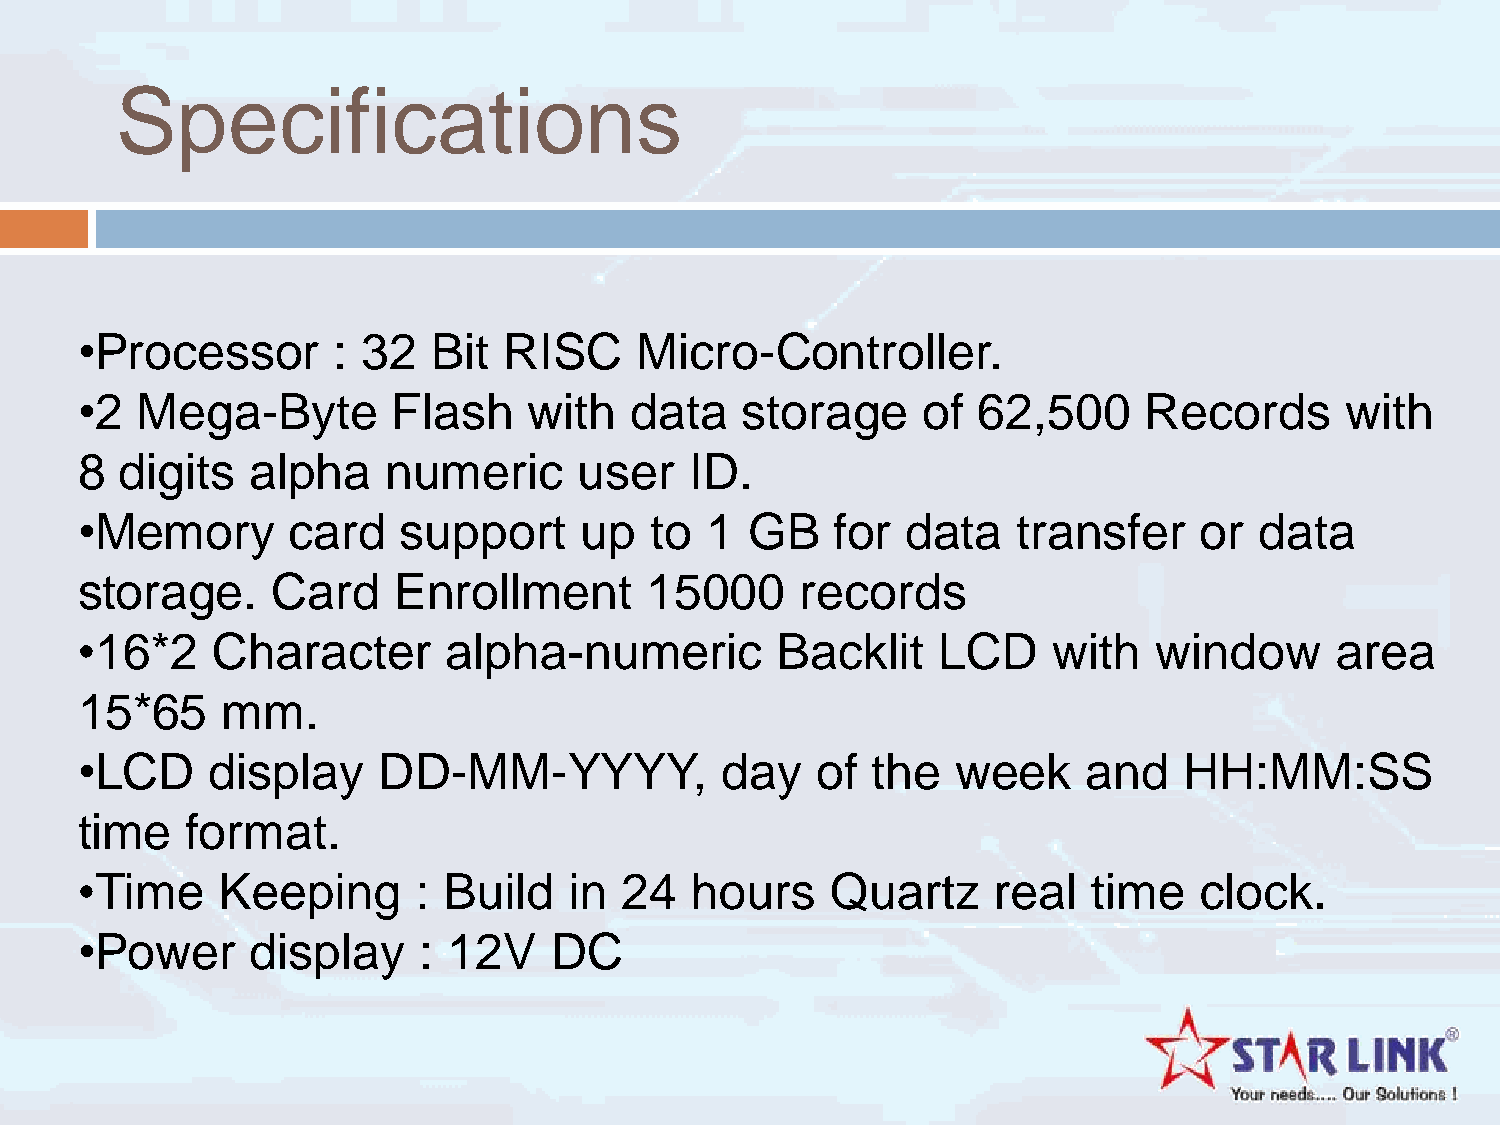
Specifications
 •Processor       : 32   Bit RISC     Micro-Controller.
 •2  Mega-Byte        Flash    with   data   storage     of  62,500     Records      with
 8  digits   alpha    numeric     user    ID.
 •Memory       card    support    up   to  1  GB   for  data   transfer    or  data
 storage.     Card    Enrollment       15000     records
 •16*2    Character      alpha-numeric         Backlit    LCD     with  window      area
 15*65     mm.
 •LCD     display    DD-MM-YYYY,            day   of  the  week     and   HH:MM:SS
 time   format.
 •Time    Keeping       : Build   in 24   hours    Quartz     real  time   clock.
 •Power      display    : 12V   DC